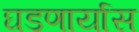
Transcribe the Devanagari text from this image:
घडणार्यास